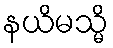
နယိမသ္မိ